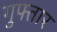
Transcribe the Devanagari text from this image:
गुफ्तार